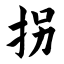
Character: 拐